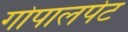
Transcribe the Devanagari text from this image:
गोपालपेट